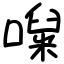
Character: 㘀